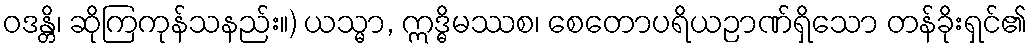
ဝဒန္တိ၊ ဆိုကြကုန်သနည်း။) ယသ္မာ, ဣဒ္ဓိမဿစ၊ စေတောပရိယဉာဏ်ရှိသော တန်ခိုးရှင်၏